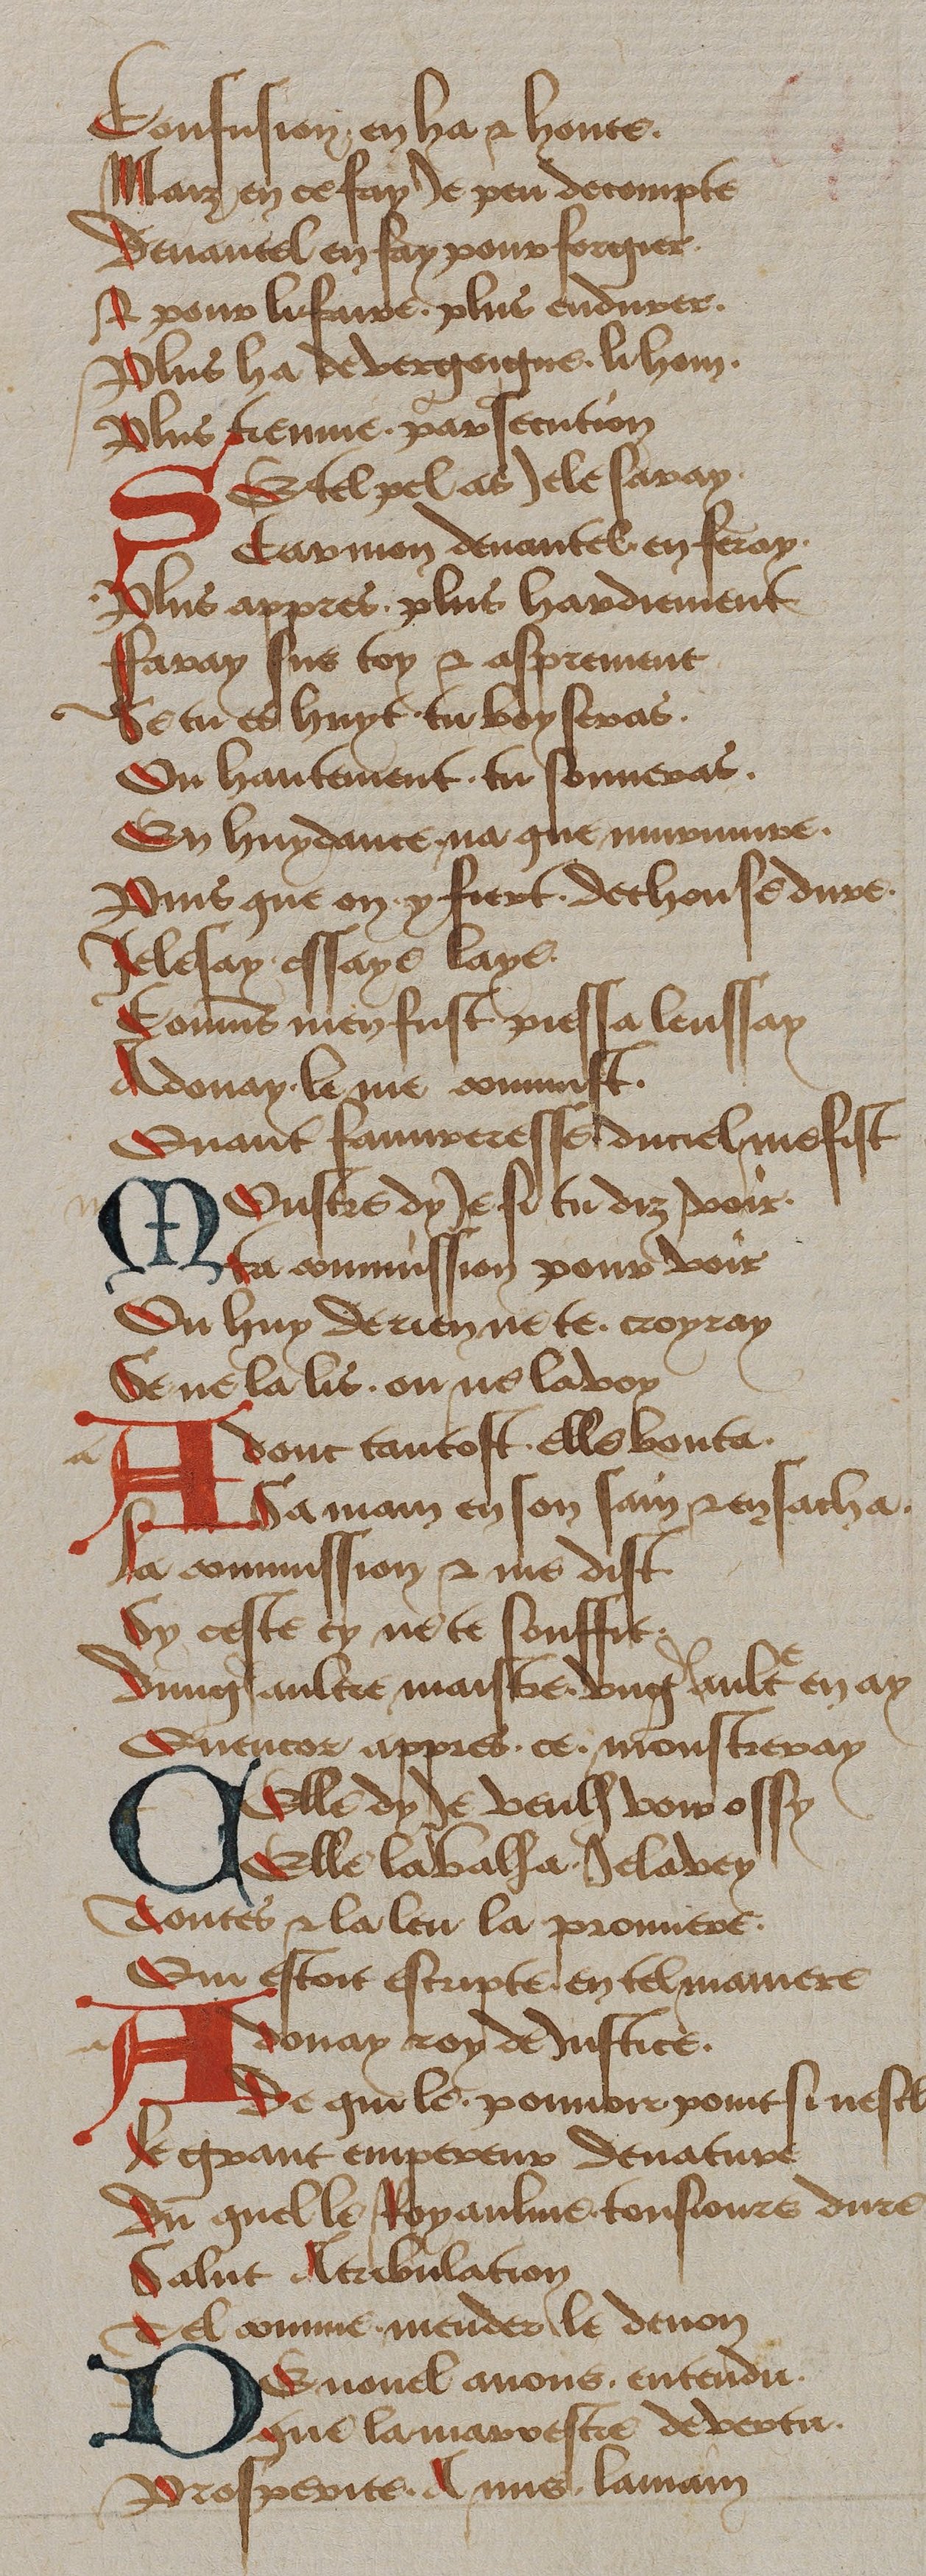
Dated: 1450–1499